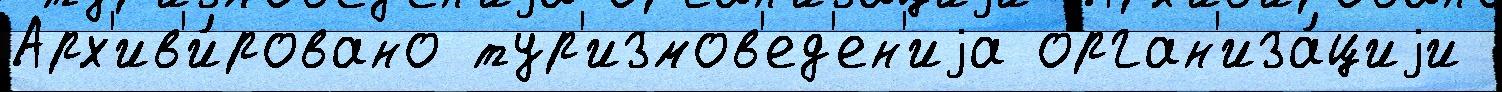
Арх'ив'и́ровано тур'измов'ед'ен'иjа орган'иза́циjи